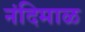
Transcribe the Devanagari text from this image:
नंदिमाळ